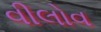
વીલોવ